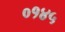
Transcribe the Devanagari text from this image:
०१४५